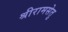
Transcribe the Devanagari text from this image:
श्रीरामसेतु